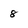
Character: 8